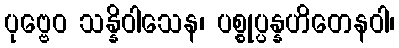
ပုဗ္ဗေဝ သန္နိဝါသေန၊ ပစ္စုပ္ပန္နဟိတေနဝါ၊